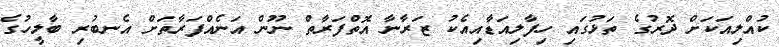
ކުއްލިއަކަށް ދޮރުގެ ތަޅުގައި ހިފާލިއަޑާއިއެކު ޒަރާނާ އޮތްފަރާތް ނޫން އަނެއްފަރާތަށް އެނބުރި ބާލީހުގެ